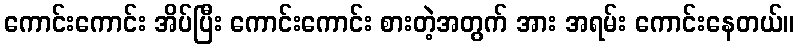
ကောင်းကောင်း အိပ်ပြီး ကောင်းကောင်း စားတဲ့အတွက် အား အရမ်း ကောင်းနေတယ်။